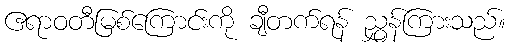
ဧရာဝတီမြစ်ကြောင်းကို ချီတက်ရန် ညွှန်ကြားသည်။